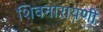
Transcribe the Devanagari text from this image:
शिवनारायणी